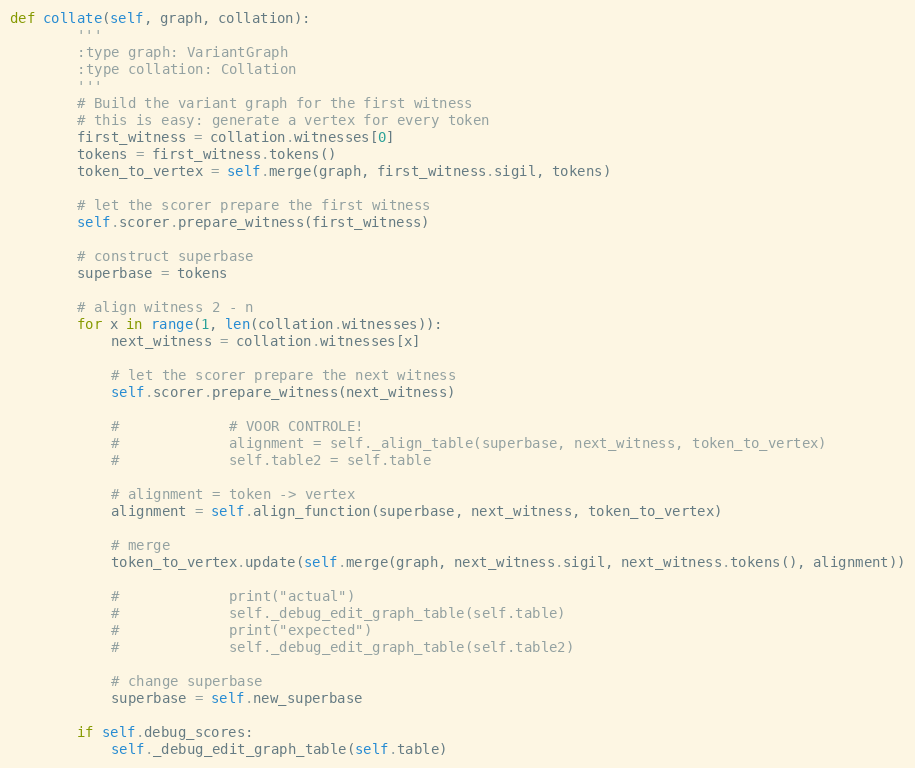
Language: Python
def collate(self, graph, collation):
        '''
        :type graph: VariantGraph
        :type collation: Collation
        '''
        # Build the variant graph for the first witness
        # this is easy: generate a vertex for every token
        first_witness = collation.witnesses[0]
        tokens = first_witness.tokens()
        token_to_vertex = self.merge(graph, first_witness.sigil, tokens)

        # let the scorer prepare the first witness
        self.scorer.prepare_witness(first_witness)

        # construct superbase
        superbase = tokens

        # align witness 2 - n
        for x in range(1, len(collation.witnesses)):
            next_witness = collation.witnesses[x]

            # let the scorer prepare the next witness
            self.scorer.prepare_witness(next_witness)

            #             # VOOR CONTROLE!
            #             alignment = self._align_table(superbase, next_witness, token_to_vertex)
            #             self.table2 = self.table

            # alignment = token -> vertex
            alignment = self.align_function(superbase, next_witness, token_to_vertex)

            # merge
            token_to_vertex.update(self.merge(graph, next_witness.sigil, next_witness.tokens(), alignment))

            #             print("actual")
            #             self._debug_edit_graph_table(self.table)
            #             print("expected")
            #             self._debug_edit_graph_table(self.table2)

            # change superbase
            superbase = self.new_superbase

        if self.debug_scores:
            self._debug_edit_graph_table(self.table)